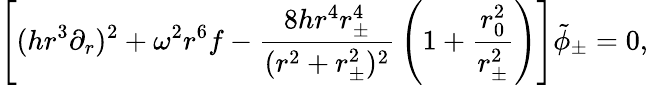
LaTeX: \left[(hr^{3}\partial_{r})^{2}+\omega^{2}r^{6}f-{\frac{8hr^{4}r_{\pm}^{4}}{(r^{2}+r_{\pm}^{2})^{2}}}\left(1+{\frac{r_{0}^{2}}{r_{\pm}^{2}}}\right)\right]\tilde{\phi}_{\pm}=0,